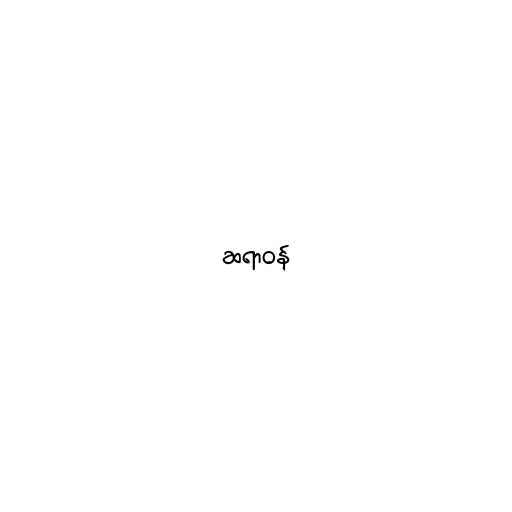
ဆရာဝန်